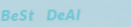
BeSt DeAl